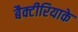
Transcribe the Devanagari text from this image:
बैक्टीरियाके